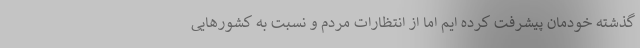
گذشته خودمان پیشرفت کرده ایم اما از انتظارات مردم و نسبت به کشورهایی